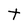
Character: T